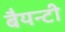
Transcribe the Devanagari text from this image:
बैयन्टी